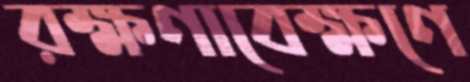
রক্ষণাবেক্ষণে